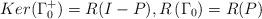
LaTeX: \begin{align*}Ker(\Gamma_{0}^{+})=R(I-P),R\left( \Gamma_{0} \right)=R(P)\end{align*}